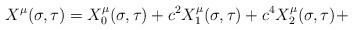
LaTeX: \begin{align*}X^{\mu}(\sigma, \tau) = X_{0}^{\mu}(\sigma, \tau) + c^{2} X_{1}^{\mu}(\sigma,\tau) + c^{4} X_{2}^{\mu}(\sigma, \tau) +\end{align*}